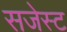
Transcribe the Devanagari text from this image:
सजेस्ट